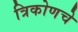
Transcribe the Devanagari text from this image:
त्रिकोणचे